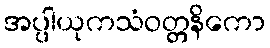
အပ္ပါယုကသံဝတ္တနိကော